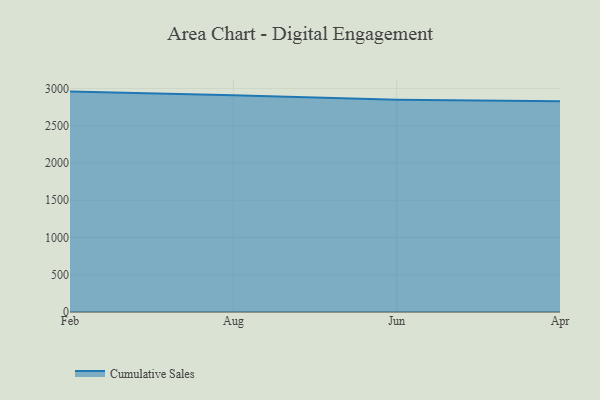
{"axis": {"x": "Month", "y": "Website Visitors"}, "legend": ["Cumulative Sales"], "data": [{"x": "Feb", "y": 2956.7, "type": "Cumulative Sales"}, {"x": "Aug", "y": 2907.1, "type": "Cumulative Sales"}, {"x": "Jun", "y": 2847.0, "type": "Cumulative Sales"}, {"x": "Apr", "y": 2827.6, "type": "Cumulative Sales"}]}